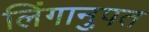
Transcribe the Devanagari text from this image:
लिंगानुपत